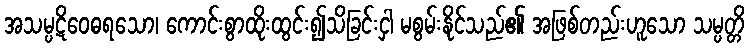
အသမ္ပဋိဝေဓရသော၊ ကောင်းစွာထိုးထွင်း၍သိခြင်းငှါ မစွမ်းနိုင်သည်၏ အဖြစ်တည်းဟူသော သမ္ပတ္တိ